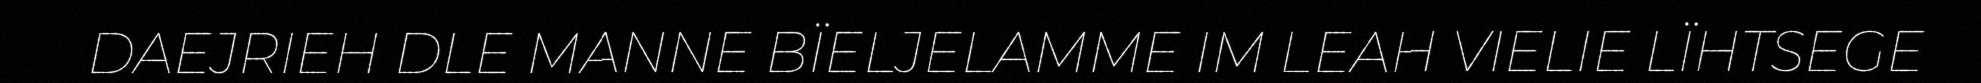
DAEJRIEH DLE MANNE BÏELJELAMME IM LEAH VIELIE LÏHTSEGE